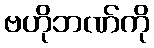
ဗဟိုဘဏ်ကို